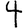
Digit: 4